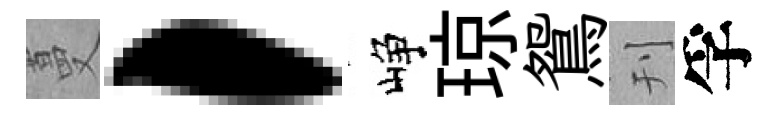
蔓，峥琼鴛刊孚